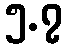
၅.၇